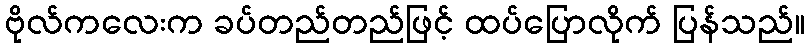
ဗိုလ်ကလေးက ခပ်တည်တည်ဖြင့် ထပ်ပြောလိုက် ပြန်သည်။